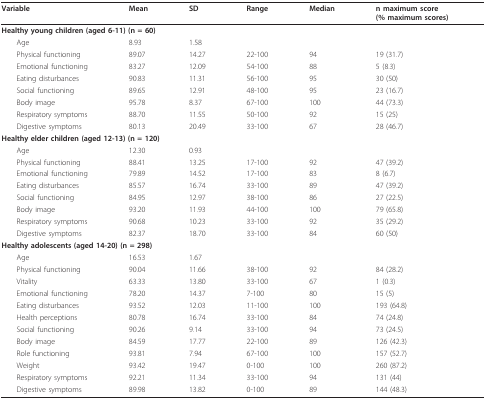
<table><thead><tr><td><b>Variable</b></td><td><b>Mean</b></td><td><b>SD</b></td><td><b>Range</b></td><td><b>Median</b></td><td><b>n maximum score(% maximum scores)</b></td></tr></thead><tbody><tr><td colspan="4"><b>Healthy young children (aged 6-11) (n = 60)</b></td><td></td><td></td></tr><tr><td> Age</td><td>8.93</td><td>1.58</td><td></td><td></td><td></td></tr><tr><td> Physical functioning</td><td>89.07</td><td>14.27</td><td>22-100</td><td>94</td><td>19 (31.7)</td></tr><tr><td> Emotional functioning</td><td>83.27</td><td>12.09</td><td>54-100</td><td>88</td><td>5 (8.3)</td></tr><tr><td> Eating disturbances</td><td>90.83</td><td>11.31</td><td>56-100</td><td>95</td><td>30 (50)</td></tr><tr><td> Social functioning</td><td>89.65</td><td>12.91</td><td>48-100</td><td>95</td><td>23 (16.7)</td></tr><tr><td> Body image</td><td>95.78</td><td>8.37</td><td>67-100</td><td>100</td><td>44 (73.3)</td></tr><tr><td> Respiratory symptoms</td><td>88.70</td><td>11.55</td><td>50-100</td><td>92</td><td>15 (25)</td></tr><tr><td> Digestive symptoms</td><td>80.13</td><td>20.49</td><td>33-100</td><td>67</td><td>28 (46.7)</td></tr><tr><td colspan="4"><b>Healthy elder children (aged 12-13) (n = 120)</b></td><td></td><td></td></tr><tr><td> Age</td><td>12.30</td><td>0.93</td><td></td><td></td><td></td></tr><tr><td> Physical functioning</td><td>88.41</td><td>13.25</td><td>17-100</td><td>92</td><td>47 (39.2)</td></tr><tr><td> Emotional functioning</td><td>79.89</td><td>14.52</td><td>17-100</td><td>83</td><td>8 (6.7)</td></tr><tr><td> Eating disturbances</td><td>85.57</td><td>16.74</td><td>33-100</td><td>89</td><td>47 (39.2)</td></tr><tr><td> Social functioning</td><td>84.95</td><td>12.97</td><td>38-100</td><td>86</td><td>27 (22.5)</td></tr><tr><td> Body image</td><td>93.20</td><td>11.93</td><td>44-100</td><td>100</td><td>79 (65.8)</td></tr><tr><td> Respiratory symptoms</td><td>90.68</td><td>10.23</td><td>33-100</td><td>92</td><td>35 (29.2)</td></tr><tr><td> Digestive symptoms</td><td>82.37</td><td>18.70</td><td>33-100</td><td>84</td><td>60 (50)</td></tr><tr><td colspan="4"><b>Healthy adolescents (aged 14-20) (n = 298)</b></td><td></td><td></td></tr><tr><td> Age</td><td>16.53</td><td>1.67</td><td></td><td></td><td></td></tr><tr><td> Physical functioning</td><td>90.04</td><td>11.66</td><td>38-100</td><td>92</td><td>84 (28.2)</td></tr><tr><td> Vitality</td><td>63.33</td><td>13.80</td><td>33-100</td><td>67</td><td>1 (0.3)</td></tr><tr><td> Emotional functioning</td><td>78.20</td><td>14.37</td><td>7-100</td><td>80</td><td>15 (5)</td></tr><tr><td> Eating disturbances</td><td>93.52</td><td>12.03</td><td>11-100</td><td>100</td><td>193 (64.8)</td></tr><tr><td> Health perceptions</td><td>80.78</td><td>16.74</td><td>33-100</td><td>84</td><td>74 (24.8)</td></tr><tr><td> Social functioning</td><td>90.26</td><td>9.14</td><td>33-100</td><td>94</td><td>73 (24.5)</td></tr><tr><td> Body image</td><td>84.59</td><td>17.77</td><td>22-100</td><td>89</td><td>126 (42.3)</td></tr><tr><td> Role functioning</td><td>93.81</td><td>7.94</td><td>67-100</td><td>100</td><td>157 (52.7)</td></tr><tr><td> Weight</td><td>93.42</td><td>19.47</td><td>0-100</td><td>100</td><td>260 (87.2)</td></tr><tr><td> Respiratory symptoms</td><td>92.21</td><td>11.34</td><td>33-100</td><td>94</td><td>131 (44)</td></tr><tr><td> Digestive symptoms</td><td>89.98</td><td>13.82</td><td>0-100</td><td>89</td><td>144 (48.3)</td></tr></tbody></table>